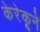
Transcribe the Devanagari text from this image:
केरेकूने